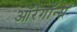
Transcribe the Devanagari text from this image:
ऑरेगॉन्स